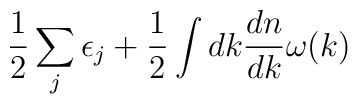
\frac{1}{2}\sum_{j}\epsilon_{j} +\frac{1}{2} \int dk \frac{dn}{dk} \omega(k)